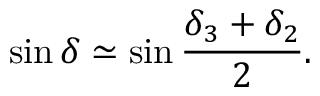
\sin \delta \simeq \sin \frac { \delta _ { 3 } + \delta _ { 2 } } { 2 } .